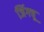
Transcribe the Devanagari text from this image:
जिंगचू